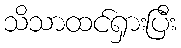
သိသာထင်ရှားပြီး